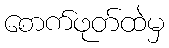
စောက်ဖုတ်ထဲမှ